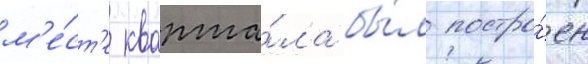
м'е́ст'е кварта́ла бы́л постро́ен